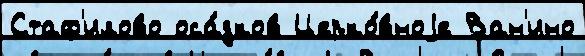
Стаф'илово оса́дков Церко́вноjе Ван'ино